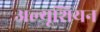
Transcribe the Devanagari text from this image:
अल्यूशियन